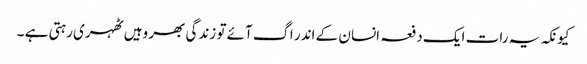
کیونکہ یہ رات ایک دفعہ انسان کے اندر اگ آئے تو زندگی بھر وہیں ٹھہری رہتی ہے ۔